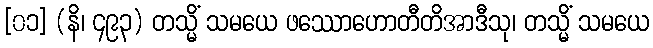
[၀၁] (နိ၊ ၄၉၃) တသ္မိံ သမယေ ဖဿောဟောတီတိအာဒီသု၊ တသ္မိံ သမယေ